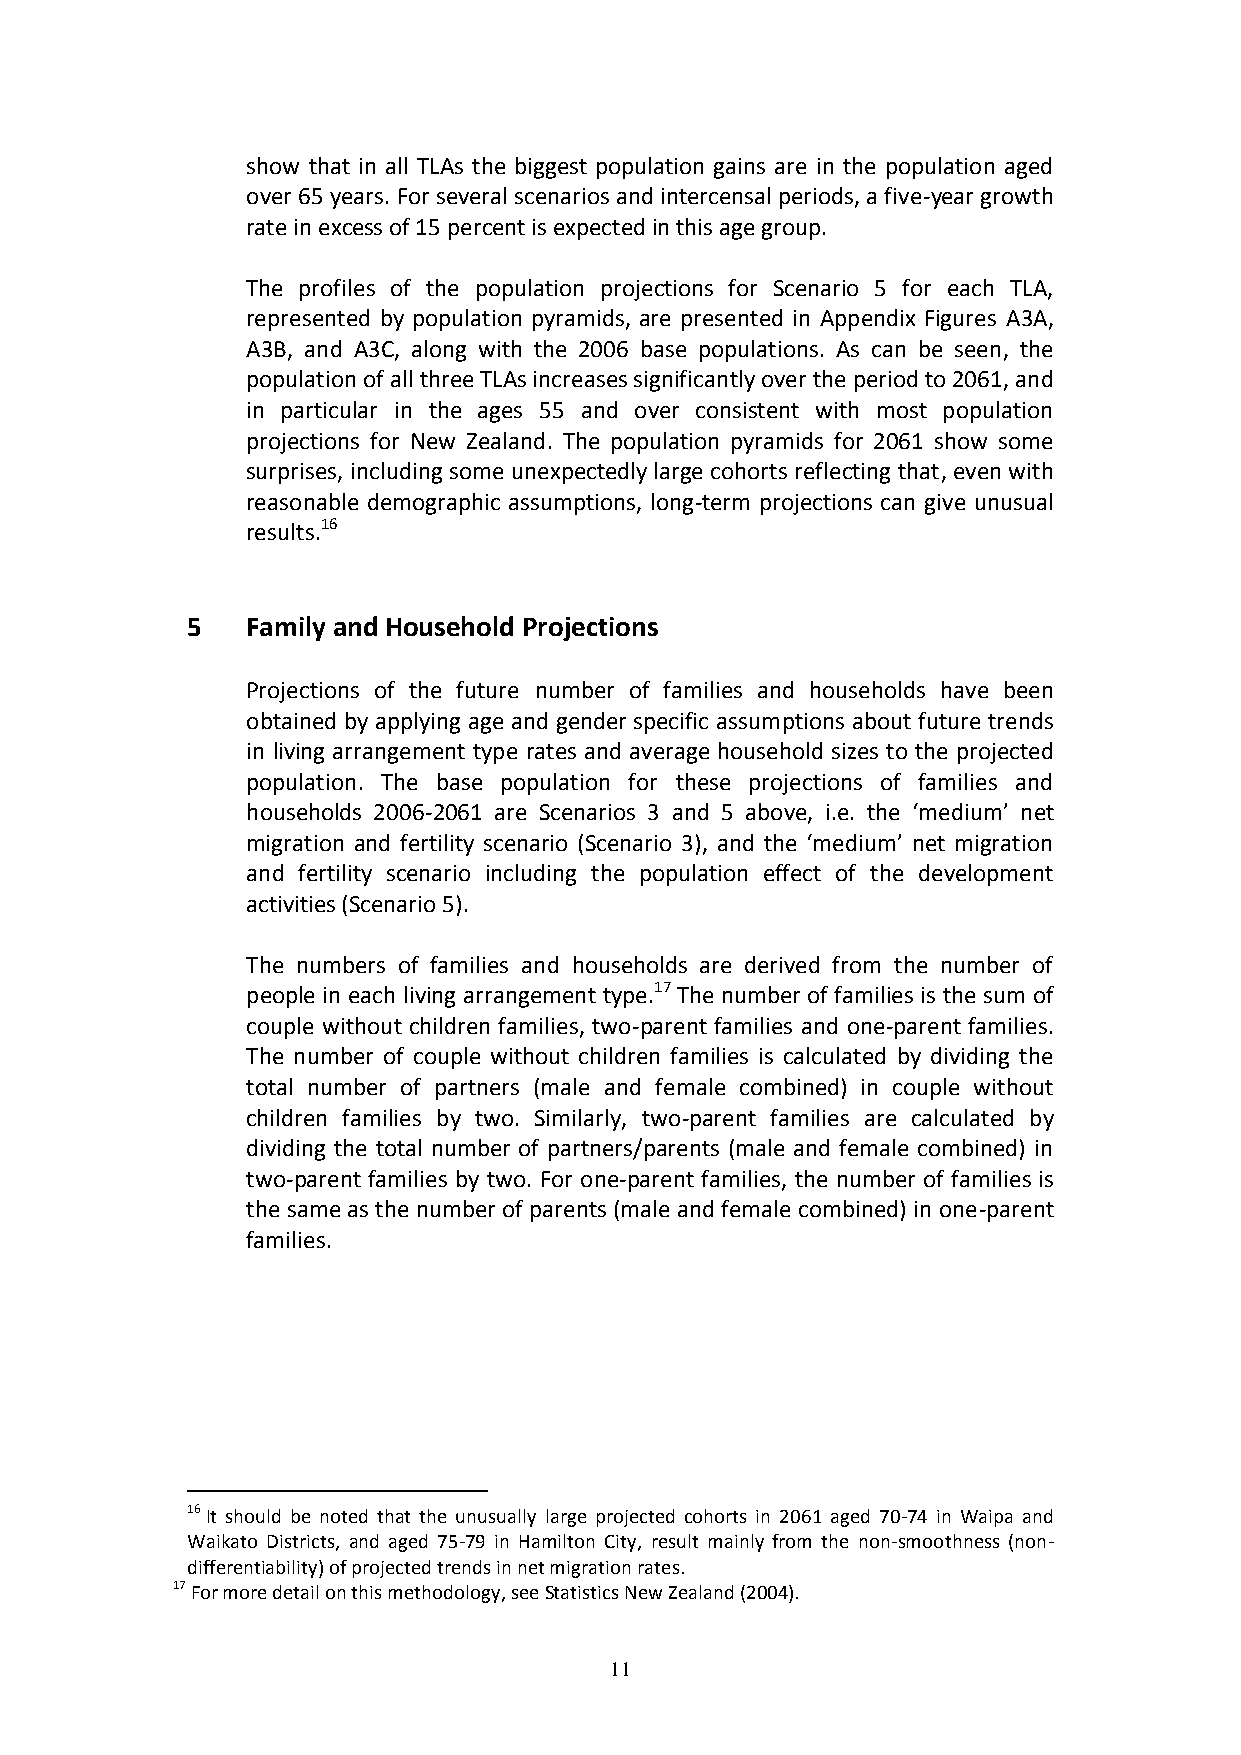
show that in all TLAs the biggest population gains are in the population aged
 over 65 years. For several scenarios and intercensal periods, a five-year growth
 rate in excess of 15 percent is expected in this age group.
 The profiles of the population projections for Scenario 5 for each TLA,
 represented by population pyramids, are presented in Appendix Figures A3A,
 A3B, and A3C, along with the 2006 base populations. As can be seen, the
 population of all three TLAs increases significantly over the period to 2061, and
 in particular in the ages 55 and over consistent with most population
 projections for New Zealand. The population pyramids for 2061 show some
 surprises, including some unexpectedly large cohorts reflecting that, even with
 reasonable demographic assumptions, long-term projections can give unusual
 results.16
 5   Family and Household Projections
 Projections of the future number of families and households have been
 obtained by applying age and gender specific assumptions about future trends
 in living arrangement type rates and average household sizes to the projected
 population. The base population for these projections of families and
 households 2006-2061 are Scenarios 3 and 5 above, i.e. the ‘medium’ net
 migration and fertility scenario (Scenario 3), and the ‘medium’ net migration
 and fertility scenario including the population effect of the development
 activities (Scenario 5).
 The numbers of families and households are derived from the number of
 people in each living arrangement type.17 The number of families is the sum of
 couple without children families, two-parent families and one-parent families.
 The number of couple without children families is calculated by dividing the
 total number of partners (male and female combined) in couple without
 children families by two. Similarly, two-parent families are calculated by
 dividing the total number of partners/parents (male and female combined) in
 two-parent families by two. For one-parent families, the number of families is
 the same as the number of parents (male and female combined) in one-parent
 families.
 16 It should be noted that the unusually large projected cohorts in 2061 aged 70-74 in Waipa and
 Waikato Districts, and aged 75-79 in Hamilton City, result mainly from the non-smoothness (non-
 differentiability) of projected trends in net migration rates.
 17 For more detail on this methodology, see Statistics New Zealand (2004).
 11